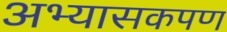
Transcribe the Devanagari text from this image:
अभ्यासकपण